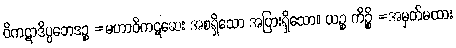
ဝိကဋာဒိပ္ပဘေဒဉ္စ =မဟာဝိကဋဆေး အစရှိသော အပြားရှိသော။ ယဉ္စ ကိဉ္စိ =အမှတ်မထား